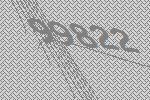
99822